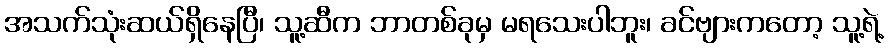
အသက်သုံးဆယ်ရှိနေပြီ၊ သူ့ဆီက ဘာတစ်ခုမှ မရသေးပါဘူး၊ ခင်ဗျားကတော့ သူ့ရဲ့